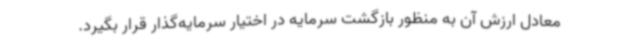
معادل ارزش آن به منظور بازگشت سرمایه در اختیار سرمایه‌گذار قرار بگیرد.